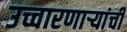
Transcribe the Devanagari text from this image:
उच्चारणाऱ्यांची